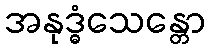
အနုဒ္ဓံသေန္တော